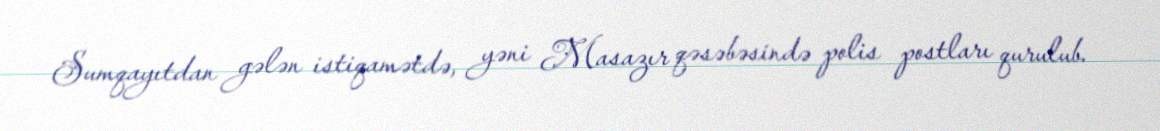
Sumqayıtdan gələn istiqamətdə, yəni Masazır qəsəbəsində polis postları qurulub.